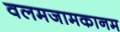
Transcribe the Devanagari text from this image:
वलमजामकानम